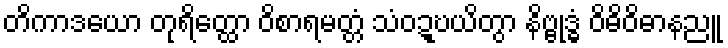
တိကာဒယော တုရိတ္ထော ဝိစာရမတ္တံ သံဝဍ္ဎယိတွာ နိဗ္ဗုဒ္ဓံ ဝိဓိဝိဓာနညူ